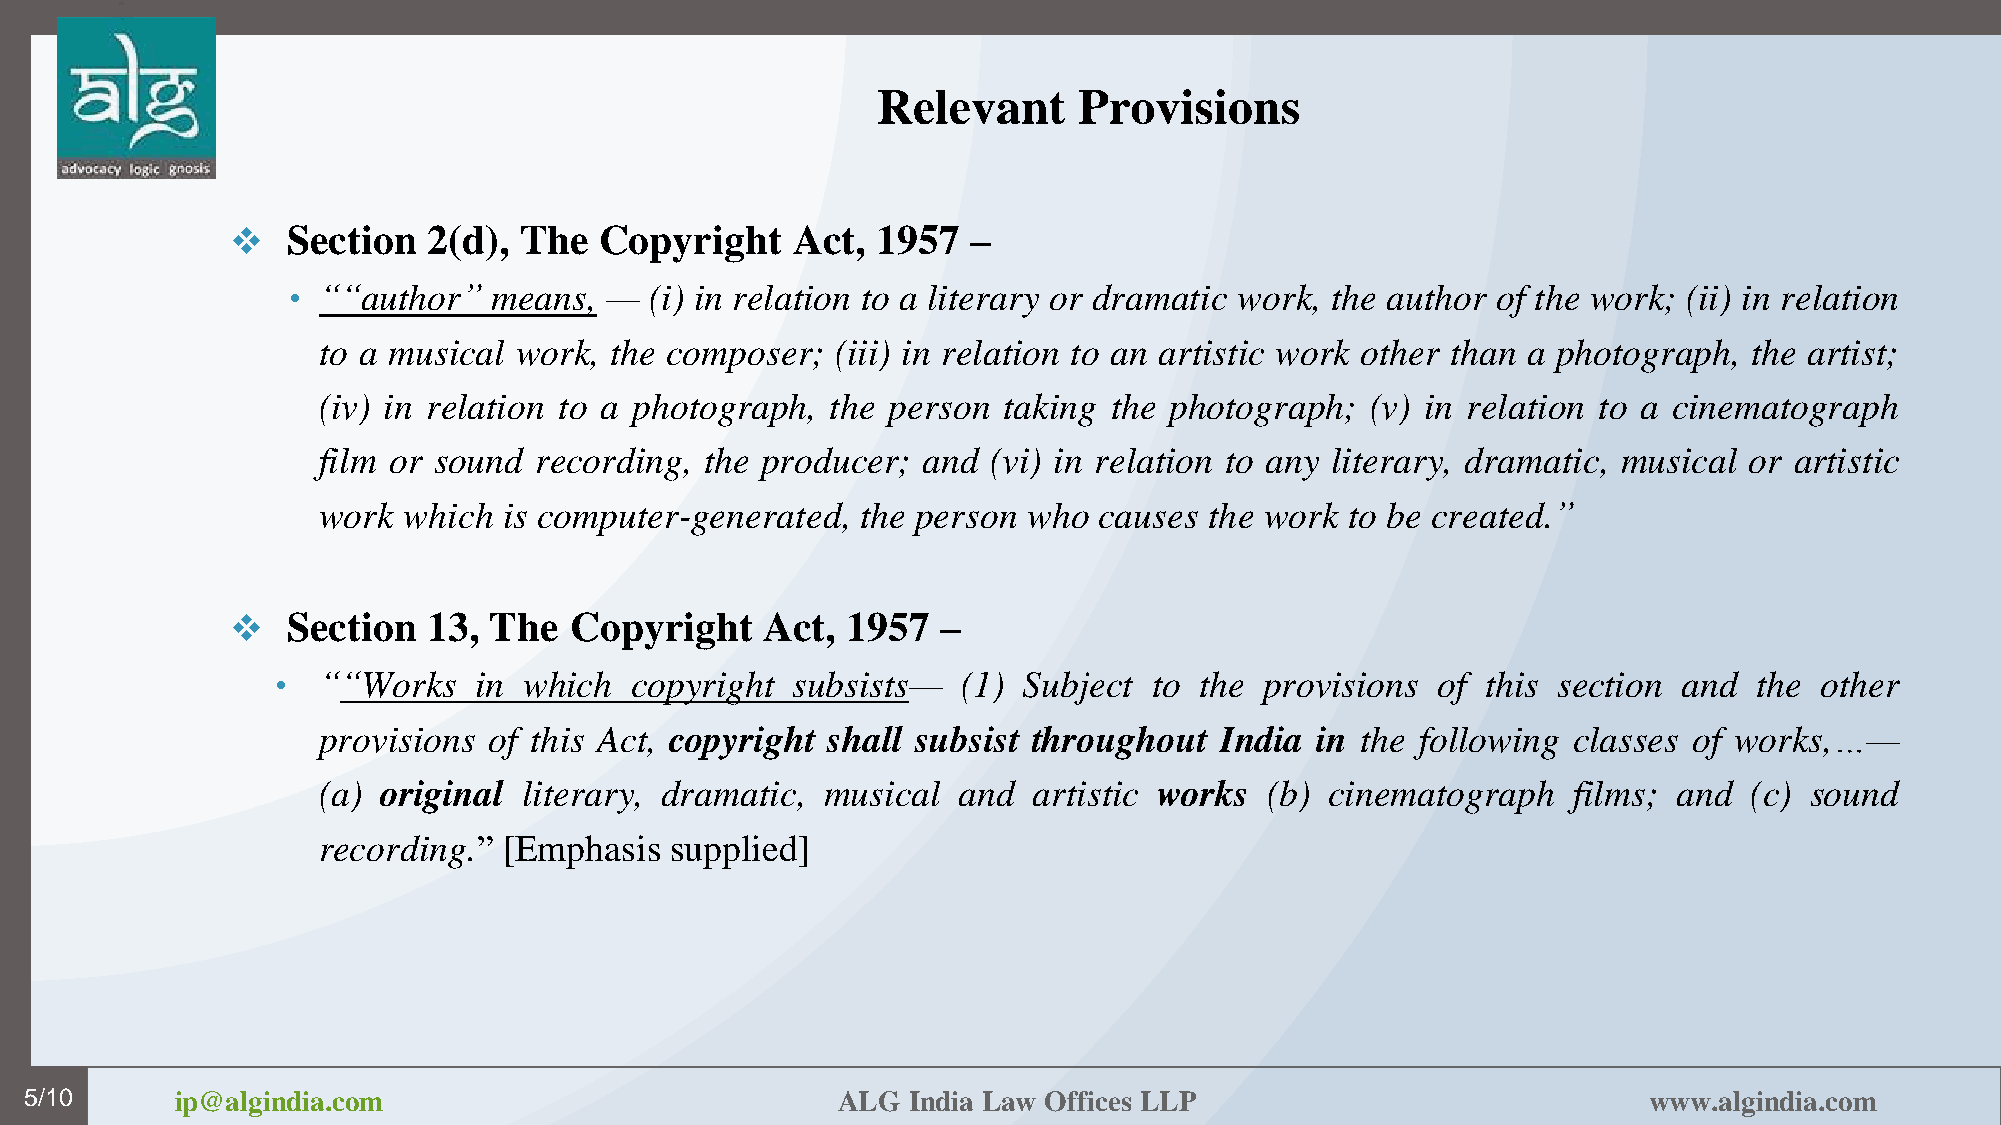
Relevant     Provisions
    Section  2(d), The   Copyright   Act,  1957  –
 • ““author”   means, —  (i) in relation to a literary or dramatic work, the author of the work; (ii) in relation
 to a musical work, the composer;  (iii) in relation to an artistic work other than a photograph, the artist;
 (iv) in relation to a photograph, the person taking the photograph;   (v) in relation to a cinematograph
 film or sound recording,  the producer; and  (vi) in relation to any literary, dramatic, musical or artistic
 work  which is computer-generated,  the person who  causes the work to be created.”
    Section  13, The   Copyright   Act,  1957  –
 •  ““Works   in  which  copyright subsists—   (1) Subject to the  provisions of this section and  the other
 provisions of this Act, copyright shall subsist throughout  India in the following classes of works,…—
 5
 (a) original  literary, dramatic, musical and  artistic works  (b) cinematograph   films; and  (c) sound
 recording.” [Emphasis  supplied]
 5/10      ip@algindia.com                            ALG  India Law Offices LLP                            www.algindia.com